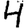
Digit: 4